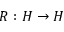
R : H \rightarrow H